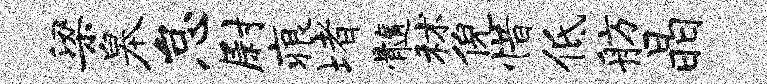
梁皋怠尉痕堵髓秫倪惜低舫晶